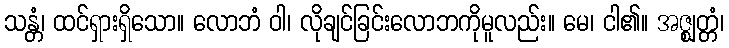
သန္တံ၊ ထင်ရှားရှိသော။ လောဘံ ဝါ၊ လိုချင်ခြင်းလောဘကိုမူလည်း။ မေ၊ ငါ၏။ အဇ္ဈတ္တံ၊